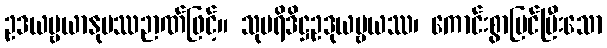
ဥဒယဗ္ဗယာနုပဿဉာဏ်ဖြင့်။ သုပရိဒိဋ္ဌဥဒုယဗ္ဗယဿ၊ ကောင်းစွာမြင်ပြီးသော